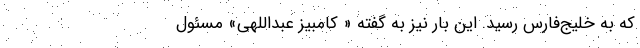
که به خلیج‌فارس رسید. این بار نیز به گفته « کامبیز عبداللهی» مسئول